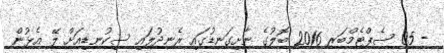
- 05 ސެޕްޓެމްބަރ 2016 ބޮލުގެ ނާށިގަނޑުގައި ރެނދުލައި ސިކުނޑިއަށް ލޭ އެޅުން